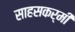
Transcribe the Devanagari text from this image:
साहसकर्मी